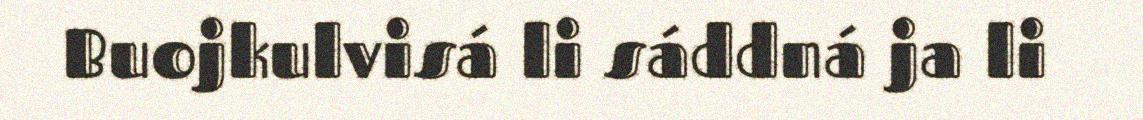
Buojkulvisá li sáddná ja li